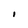
Character: i